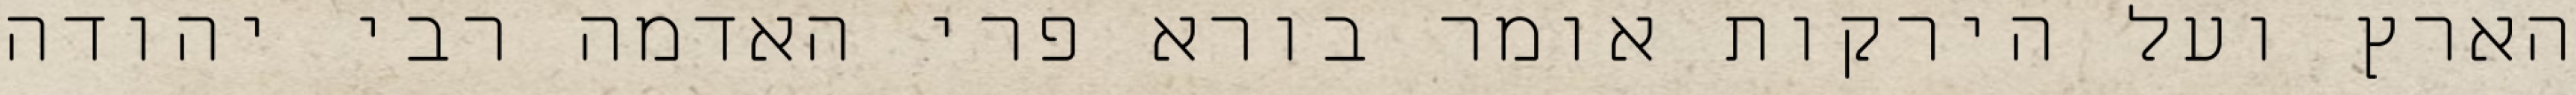
הארץ ועל הירקות אומר בורא פרי האדמה רבי יהודה